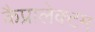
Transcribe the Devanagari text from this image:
कैप्रालेक्टम